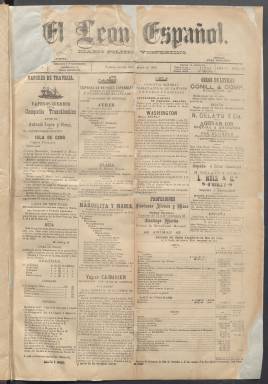
Título: El León español (La Habana)
Colección: Periódicos
Ámbito geográfico: Cuba
Lugar de publicación: La Habana
Fechas: 15/01/1889-19/08/1890